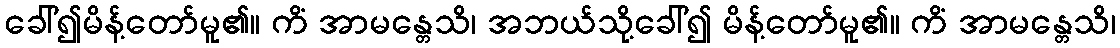
ခေါ်၍မိန့်တော်မူ၏။ ကိံ အာမန္တေသိ၊ အဘယ်သို့ခေါ်၍ မိန့်တော်မူ၏။ ကိံ အာမန္တေသိ၊